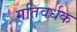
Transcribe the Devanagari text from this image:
गतिवर्धक